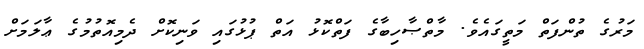
މަރުގެ ތުންފަތް މަތީގައެވެ. މާތްޞާހިބާގެ ފަތްކޮޅު އަތް ޕުޅުގައި ވަނިކޮށް ދެމިއޮތުމުގެ ޢާލަމަށް